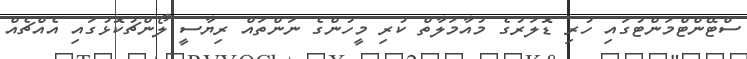
ސްޓޭންޓްމަންޓުގައި ހުރި ޑޮލަރުގެ މުއާމަލާތް ކުރި މީހުންގެ ނަންތައް ރިޔާސީ ލޯންޗުކޮޅުގައި އެއްޗެއް